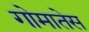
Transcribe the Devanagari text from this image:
गोमातेस